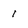
Character: I